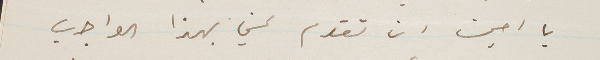
يا امين ان تقوم عني بهذا الواجب